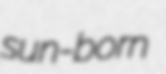
sun-born